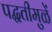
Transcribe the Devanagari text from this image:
पद्धतीमुळें